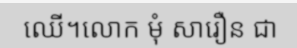
ឈើ។លោក មុំ សារឿន ជា